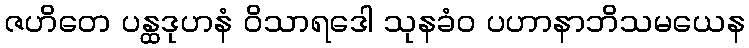
ဇဟိတေ ပန္ထဒုဟနံ ဝိသာရဒေါ သုနခံဝ ပဟာနာဘိသမယေန